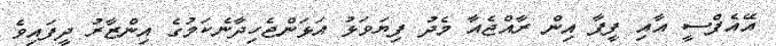
އޭއެފްސީ އާއި ފީފާ އިން ރާއްޖެއާ މެދު ފިޔަވަޅު އަޅަންޖެހިދާނެކަމުގެ އިންޒާރު ދީފައިވެ